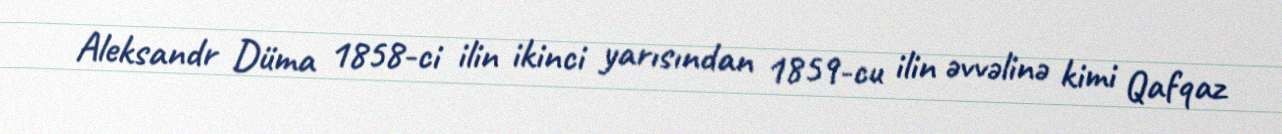
Aleksandr Düma 1858-ci ilin ikinci yarısından 1859-cu ilin əvvəlinə kimi Qafqaz